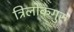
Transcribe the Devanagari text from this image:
त्रिलोकगुरु